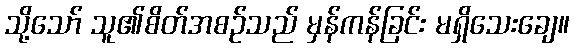
သို့သော် သူ၏စိတ်အစဉ်သည် မှန်ကန်ခြင်း မရှိသေးချေ။